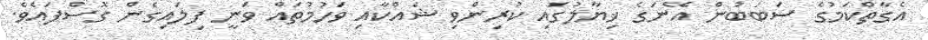
އެގާތްކަމުގެ ސަބަބުން އޭނަގެ ޚިޔާލުގައި ކުރިންވި ޝައްކާއި ވަހުމުތައް ވަނީ ފިލައިގެން ގޮސްފައެވެ.